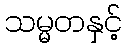
သမ္မတနှင့်